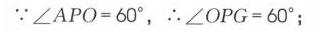
\(\because\angle APO = 60^{\circ}\)，\(\therefore\angle OPG = 60^{\circ}\)；